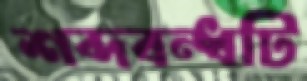
শব্দবন্ধটি